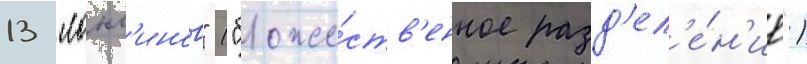
13 "лонг'инов" ("боже́ств'енное разд'ел'е́н'ие")